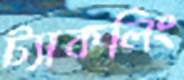
ট্যাকলিং